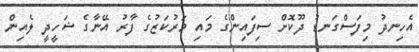
އެހިނދު މިފަސްގަނޑު ދޫކޮށް ސިފައިންގެ މައި މަރުކަޒުގެ ފާރު އޭނާގެ ޝަހީދީ ލެއިން